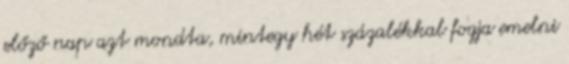
előző nap azt mondta, mintegy hét százalékkal fogja emelni